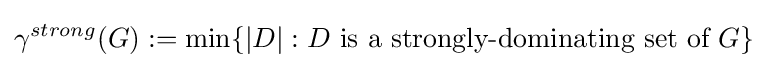
\gamma ^{strong}(G):=\min\{|D|:D{\text{ is a strongly-dominating set of }}G\}